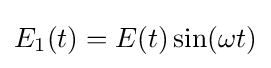
E_{1}(t)=E(t)\sin(\omega t)